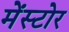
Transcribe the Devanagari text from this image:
मेंस्टोर